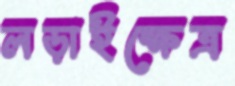
লড়াইক্ষেত্র